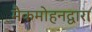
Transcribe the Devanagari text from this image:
मैकमोहनद्वारा